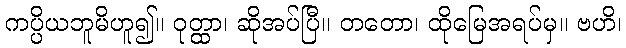
ကပ္ပိယဘူမိဟူ၍။ ဝုတ္ထာ၊ ဆိုအပ်ပြီ။ တတော၊ ထိုမြေအရပ်မှ။ ဗဟိ၊